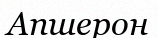
Апшерон